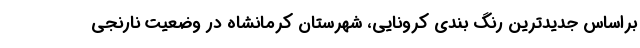
براساس جدیدترین رنگ بندی کرونایی، شهرستان کرمانشاه در وضعیت نارنجی